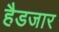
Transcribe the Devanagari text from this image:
हैडजार